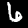
Label: 6